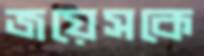
জয়েসকে